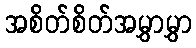
အစိတ်စိတ်အမွှာမွှာ